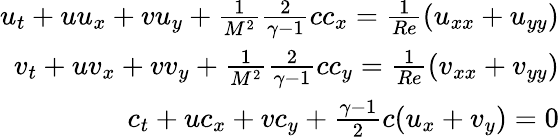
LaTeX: \begin{array}{r}{u_{t}+uu_{x}+vu_{y}+\frac{1}{M^{2}}\frac{2}{\gamma-1}cc_{x}=\frac{1}{Re}(u_{xx}+u_{yy})}\\ {v_{t}+uv_{x}+vv_{y}+\frac{1}{M^{2}}\frac{2}{\gamma-1}cc_{y}=\frac{1}{Re}(v_{xx}+v_{yy})}\\ {c_{t}+uc_{x}+vc_{y}+\frac{\gamma-1}{2}c(u_{x}+v_{y})=0}\end{array}